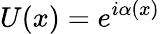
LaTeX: U(x)=e^{i\alpha(x)}